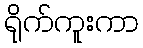
ရိုက်ကူးကာ